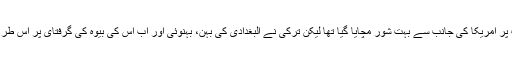
ان کے بقول البغدادی کی ہلاکت پر امریکا کی جانب سے بہت شور مچایا گیا تھا لیکن ترکی نے البغدادی کی بہن، بہنوئی اور اب اس کی بیوہ کی گرفتای پر اس طرح کا کوئی ہنگامہ برپا نہیں کیا۔